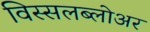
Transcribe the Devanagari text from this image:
विस्सलब्लोअर